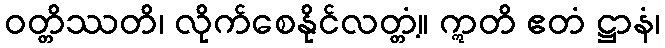
ဝတ္တိဿတိ၊ လိုက်စေနိုင်လတ္တံ့။ ဣတိ ဧတံ ဋ္ဌာနံ၊